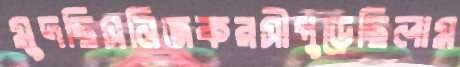
মুদছিসনিজকরসীপুড়েছিলাম